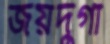
জয়দুর্গা